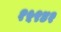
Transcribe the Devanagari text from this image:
१५९४२